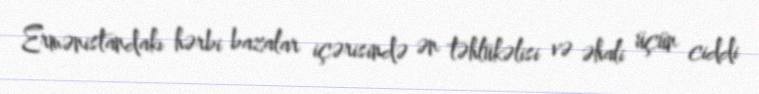
Ermənistandakı hərbi bazalar içərisində ən təhlükəlisi və əhali üçün ciddi